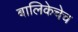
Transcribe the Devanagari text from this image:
बालिकेचेच